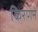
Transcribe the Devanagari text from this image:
किरणने